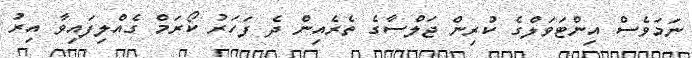
ނަމަވެސް އިންޓަވަލްގެ ކުރިން ޖަލްސާގެ ތެރެއިން ދެ ފަހަރު ކޯރަމް ގެއްލިފައިވާ އިރު